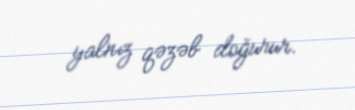
yalnız qəzəb doğurur.